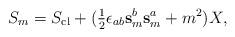
LaTeX: \begin{align*}S_m = S_{\rm cl} + (\hbox{$\frac{1}{2}$} \epsilon_{ab} \mathbf{s}_m^b \mathbf{s}_m^a + m^2 ) X,\end{align*}